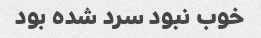
خوب نبود سرد شده بود